Civil Veterinary Dept. Bombay admin report 1932-41 - 1932-1941
Year: 1932
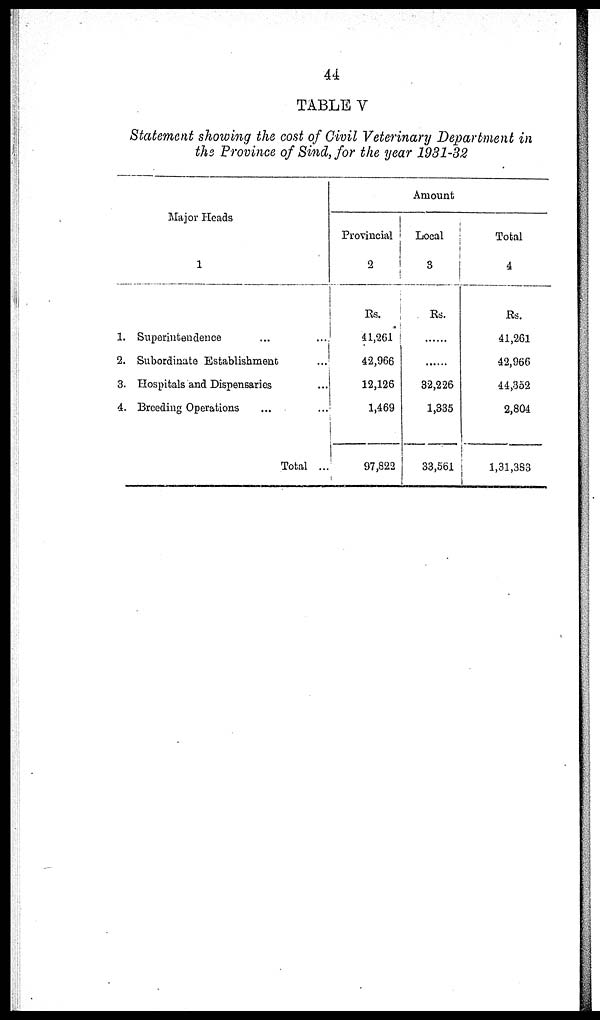
44
TABLE V
Statement showing the cost of Civil Veterinary Department in
the Province of Sind, for the year 1931-32
Major Heads
1
1. Superintendence ... ...
2. Subordinate Establishment ...
3. Hospitals and Dispensaries ...
4. Breeding Operations
Total ...
Amount
Provincial
2
Rs.
41,261
42,966
12,126
1,469
97,822
Local
3
Rs.
......
......
32,226
1,335
33,561
Total
4
Rs.
41,261
42,966
44,352
2,804
1,31,383